Annual statistical returns and brief notes on vaccination in Bengal - 1896-1909
Year: 1896
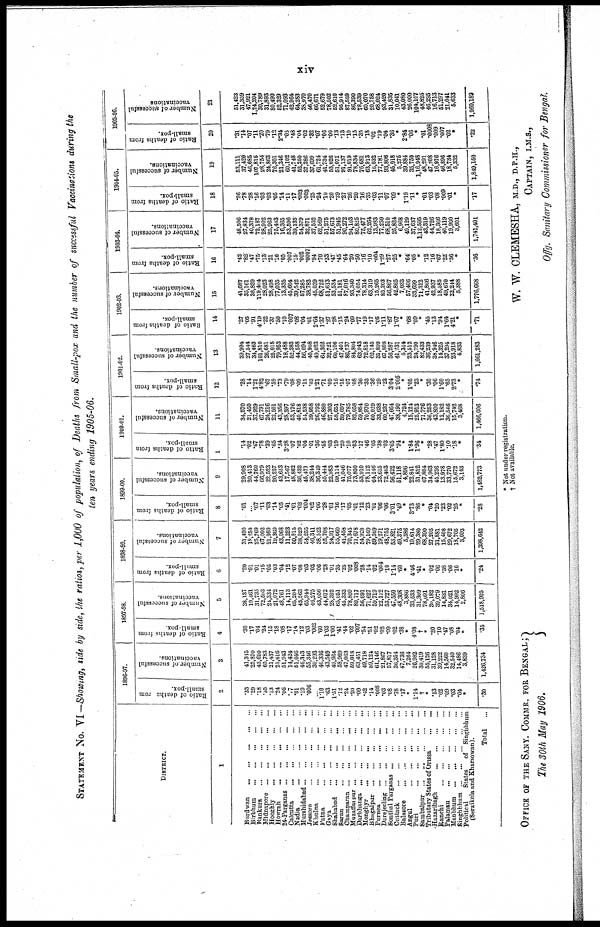
xiv
STATEMENT No. VI—Showing, side by side, the ratios, per 1,000 of population, of Deaths from Small-pox and the number of successful Vaccinations during the
ten years ending 1905-06.
DISTRICT.
1
Burdwan
...
...
...
...
...
Birbhum ... ... ... ... ...
Bankura ... ... ... ... ...
Midnapore ... ... ... ... ...
Hooghly ... ... ... ... ...
Howrah ... ... ... ... ...
24-Parganas ... ... ... ... ...
Calcutta
...
...
...
...
...
Nadia
...
...
...
...
...
Murshidabad ... ... ... ... ...
Jessore ... ... ... ... ...
Khulna
...
...
...
...
...
Patna ... ... ... ... ...
Gaya
...
...
...
...
...
Shahabad
...
...
...
...
...
Saran
...
...
...
...
...
Champaran ... ... ... ... ...
Muzaffarpur ... ... ... ... ...
Darbhanga ... ... ... ... ...
Monghyr
...
...
...
...
...
Bhagalpur
...
...
...
...
...
Purnea
...
...
...
...
...
Darejeeling ... ... ... ... ...
Sonthal Parganas ... ... ... ... ...
Cuttack
...
...
...
...
...
Balasore ... ... ... ... ...
Angul
...
...
...
...
...
Puri
...
...
...
...
...
Sambalpur
...
...
...
...
...
Tributary States of Orissa ... ...
Hazaribagh ... ... ... ...
Ranchi
...
...
...
...
...
Palamau
...
...
...
...
...
Manbhum ... ... ... ... ...
Singhbhum
...
...
...
...
...
Political
States
of Singhbhum
(Seraikela and Kharsowan).
Total
...
1896-97.
Ratio of deaths from
small-pox.
2
.33
.29
.18
.35
.13
.24
.06
.17
.01
.19
.006
...
1.10
.63
1.51
.12
.24
.20
.09
.42
.14
.008
.03
.08
.78
.17
*
1.14
†
*
.13
.02
.09
.03
.04
*
.30
Number of successful
vaccinations.
3
41,315
25,870
43,610
65,783
21,437
21,616
51,943
14,424
51,046
46,343
55,346
30,293
46,336
43,549
49,964
58,969
47,063
59,018
63,451
49,718
59,124
61,146
21,867
57,817
36,354
47,736
7,264
26,982
30,419
55,126
31,128
39,222
14,560
32,540
14,486
3,839
1,426,734
1897-98.
Ratio of deaths from
small-pox.
4
.30
.17
.04
.24
.15
.18
.08
.17
.14
.12
.03
.002
.60
1.03
1.00
.41
.44
.02
.007
.54
.51
.02
.02
.09
.62
.38
*
4.08
†
*
.20
.10
.47
.08
.04
*
.35
Number of successful
vaccinations.
5
38,137
19,461
31,735
72,503
24,334
21,072
48,761
14,113
65,204
43,563
65,944
46,275
43,056
44,672
28,302
65,051
45,332
78,809
80,717
56,091
71,627
59,719
22,112
53,727
47,550
48,308
3,886
33,533
31,309
78,091
30,182
39,079
14,831
34,021
14,992
2,806
1,518,905
1898-99.
Ratio of deaths from
small-pox.
6
.20
.01
.01
.15
.05
.03
.04
.12
.07
.08
.03
.03
.06
.28
.01
.35
.25
.02
.008
.28
.14
.02
.004
.10
1.14
.60
*
4.46
.41
*
.02
.06
.38
.06
.16
*
.24
Number of successful
vaccinations.
7
31,490
18,250
25,769
67,002
21,959
19,359
43,068
11,223
50,015
38,029
54,255
46,311
38,522
55,708
24,917
55,660
41,458
70,345
71,678
54,920
79,169
59,569
19,271
48,755
53,821
49,375
5,386
19,614
29,380
68,390
27,205
31,881
15,408
29,672
18,705
3,093
1,398,642
1899-00.
Ratio of deaths from
small-pox.
8
.01
... .07
.11
.03
.14
.05
.41
.01
.02
.004
.02
.06
.28
.01
.16
.17
.05
.01
.12
.23
.01
.06
.06
3.01
.49
*
3.73
.86
*
.04
.20
.23
.02
.25
*
.28
Number of successful
vaccinations.
9
29,908
20,413
44,760
66,979
22,523
20,257
43,653
17,567
48,862
36,432
45,471
38,244
36,349
55,444
22,983
69,114
41,046
75,077
73,850
53,910
78,112
64,146
23,615
72,403
56,422
51,118
4,896
22,841
31,812
67,804
34,963
45,236
13,978
33,770
15,672
3,143
1,482,773
1900-01.
Ratio of deaths from
small-pox.
10
.14
.02
.67
.78
.39
.65
.34
3.28
.07
.02
.04
.01
.36
.55
.03
.19
.29
.10
.03
.17
.46
.05
.38
.03
3.65
.94
*
1.84
1.96
*
.28
.47
1.80
.10
.18
*
.34
Number of successful
vaccinations.
11
34,570
21,450
37,929
67,791
24,216
22,501
43,356
28,397
53,176
40,818
54,538
39,958
26,792
46,880
27,303
58,651
39,697
79,785
82,058
59,884
70,970
60,029
33,638
60,237
47,664
38,190
4,724
15,124
25,913
71,776
36,253
43,800
12,182
36,546
15,742
3,468
1,466,006
1901-02.
Ratio of deaths from
small-pox.
12
.28
.14
1.21
4.82
.67
.59
.73
.79
.08
.09
.15
.03
1.21
.71
.09
.16
.15
.07
.08
.36
.33
.36
.29
.22
3.04
2.005
*
1.05
.23
*
.30
.06
1.60
.65
2.73
*
.74
Number of successful
vaccinations.
13
39,994
27,544
34,463
101,810
26,681
25,018
79,953
18,488
52,383
44,558
56,094
40,908
49,023
64,362
32,721
60,106
47,401
86,737
84,804
63,943
72,818
62,145
31,899
67,808
56,287
41,731
5,314
23,512
24,790
82,433
36,239
38,946
14,325
37,294
23,918
4,833
1,661,283
1902-03.
Ratio of deaths from
small-pox.
14
.27
.05
.91
4.19
.22
.37
.50
.10
.007
.08
.04
.01
2.64
1.37
.27
.28
.15
.24
.09
.77
.19
.17
.05
1.11
.87
1.07
*
.68
.09
*
.45
.13
.94
1.64
4.21
*
.71
Number of successful
vaccinations.
15
41,687
35,161
36,839
119,404
28,023
28,498
77,035
13,335
45,604
39,542
57,285
38,783
45,039
68,722
51,613
52,534
51,181
87,016
93,340
74,054
78,314
63,319
15,265
85,203
56,867
42,865
7,033
57,406
33,699
71,312
41,866
42,937
18,585
49,670
22,244
5,388
1,776,668
1903-04.
Ratio of deaths from
small-pox.
16
.42
.82
.47
.75
.13
.21
.16
.05
.007
.15
.002
.0007
.94
.70
.33
.47
.45
.64
.20
.50
.16
.10
.004
1.29
.27
.25
*
.64
.05
*
.12
.16
.67
.22
.56
*
.36
Number of successful
vaccinations.
17
48,506
27,834
40,378
72,187
28,902
25,963
75,403
16,365
53,596
39,135
54,379
32,871
37,552
62,569
51,275
57,673
51,945
90,272
94,103
80,825
75,477
62,264
13,983
77,250
68,510
25,824
6,968
49,129
37,637
1,12,595
43,319
44,726
18,366
40,119
19,900
3,601
1,741,401
1904-05.
Ratio of deaths from
small-pox.
18
.26
.78
.28
.16
.03
.03
.05
.14
.11
.17
.003
.003
.25
.24
.10
.20
.29
.27
.26
.20
.16
.35
.03
.11
.07
.09
*
1.19
.11
*
.01
.03
.08
.009
.01
*
.17
Number of successful
vaccinations.
19
53,111
37,420
46,685
107,815
28,754
24,863
76,301
21,346
60,102
41,748
52,250
37,386
37,699
61,724
41,734
53,026
51,071
91,137
91,019
78,834
76,681
63,913
16,032
77,781
93,806
45,018
5,275
39,884
35,750
1,16,948
48,291
47,208
16,976
46,896
18,734
5,332
1,849,150
1905-06.
Ratio of deaths from
small-pox.
20
.31
.14
.07
.11
.20
.79
.12
2.34
.05
.48
.04
.02
.32
.07
.06
.06
.13
.13
.10
.15
.35
.18
.02
.19
.04
.36
*
2.84
.06
*
.01
.0008
.009
.007
.02
*
.22
Number of successful
vaccinations
21
51,423
31,359
47,921
1,24,204
30,789
31,893
80,490
52,329
71,093
42,964
64,283
38,970
46,470
66,671
52,679
78,502
52,610
95,914
87,559
86,390
78,539
60,070
20,758
68,024
93,420
31,835
10,041
43,080
26,000
104,107
48,825
46,295
16,713
51,297
21,041
5,633
1,960,189
* Not under registration.
† Not available.
OFFICE OF THE SANY. COMMR. FOR BENGAL;
The 30th May 1906.
W. W. CLEMESHA, M.D., D.P.H.,
CAPTAIN, I.M.S.,
Offg. Sanitary Commissioner for Bengal.